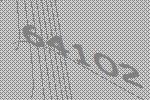
64102